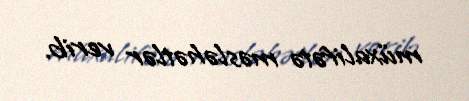
müxalifətə məsləhətlər verib.